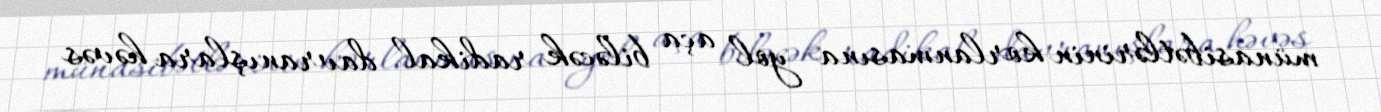
münasibətlərinin korlanmasına yol aça biləcək radikal davranışlara həvəs